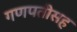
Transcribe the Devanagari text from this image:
गणपतीसह